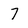
Character: 7